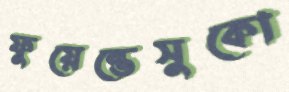
ফুয়েন্তেসুকো